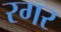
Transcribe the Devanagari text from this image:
रगर